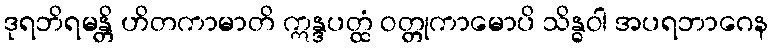
ဒုရဘိရမန္တိ ဟိတကာမာတိ ဣန္ဒပတ္ထံ ဝတ္တုကာမောပိ သိန္ဓဝါ အပရဘာဂေန